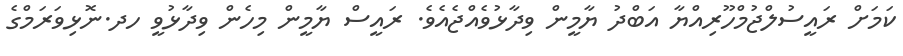
ކަމަށް ރައީސުލްޖުމްހޫރިއްޔާ އަބްދު ޔާމީން ވިދާޅުވެއްޖެއެވެ. ރައީސް ޔާމީން މިހެން ވިދާޅުވީ ހދ.ނޮޅިވަރަމްގެ